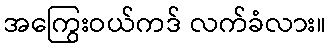
အကြွေးဝယ်ကဒ် လက်ခံလား။